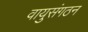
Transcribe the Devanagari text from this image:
वायुसंगठन